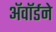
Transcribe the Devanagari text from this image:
अॅवॉर्डने